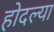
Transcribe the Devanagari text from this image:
होदल्या